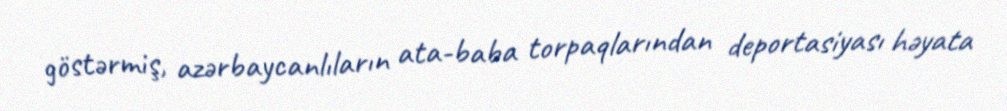
göstərmiş, azərbaycanlıların ata-baba torpaqlarından deportasiyası həyata